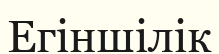
Егіншілік